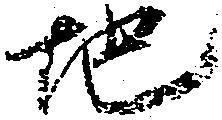
地